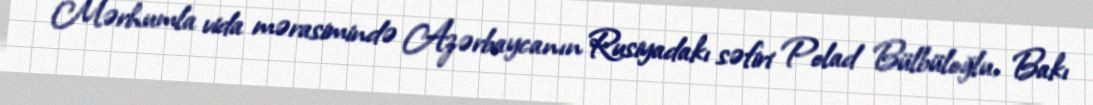
Mərhumla vida mərasimində Azərbaycanın Rusiyadakı səfiri Polad Bülbüloğlu, Bakı